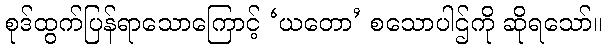
စုဒ်ထွက်ပြန်ရာသောကြောင့် ‘ယတော’ စသောပါဌ်ကို ဆိုရသော်။